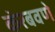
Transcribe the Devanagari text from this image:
कंरबवणे